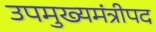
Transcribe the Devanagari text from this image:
उपमुख्यमंत्रीपद